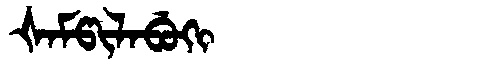
Manchu: ᡧᠠᠮᡦᡳᠯᠠᠪᡠᡴᡳ
Romanization: ŠAMPILABUKI